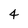
Character: 4